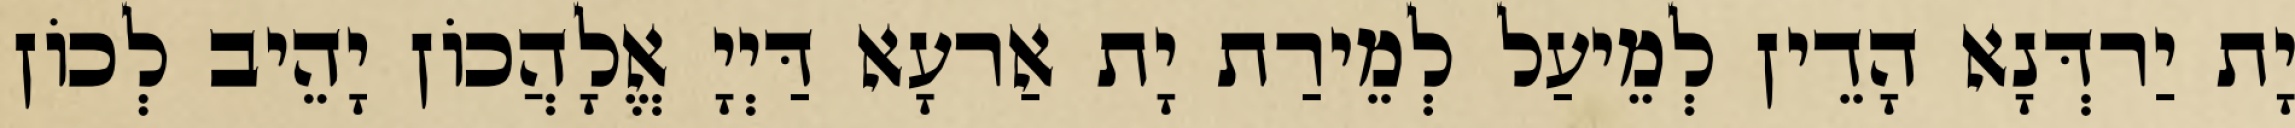
יָת יַרדְּנָא הָדֵין לְמֵיעַל לְמֵירַת יָת אַרעָא דַּיְיָ אֱלָהֲכוֹן יָהֵיב לְכוֹן